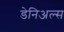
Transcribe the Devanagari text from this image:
डेनिअल्स